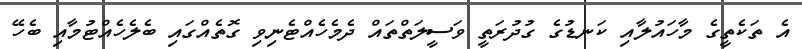
އެ ތަކެތީގެ މާހައުލާއި ކަނޑުގެ ގުދުރަތީ ވަސީލަތްތައް ދެމެހެއްޓެނިވި ގޮތެއްގައި ބެލެހެއްޓުމާއި ބެހޭ